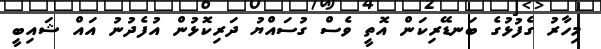
މިހާރު ގެފުޅުގެ ބަނޑޭރިކަން އޮތީ ވެސް ގުސައްޔު ދަރިކޮޅުން އުފެދުނު އައް ޝައިބީ